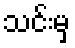
သင်းမှ